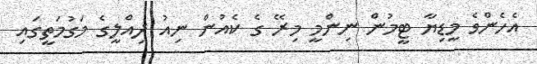
އެހެންވެ މީޑިޔާ ޓީމުން ނިންމީ މިރޭ ގެ ކެއުން ނިއު ދިއްލީގެ މަގުމަތީގައި